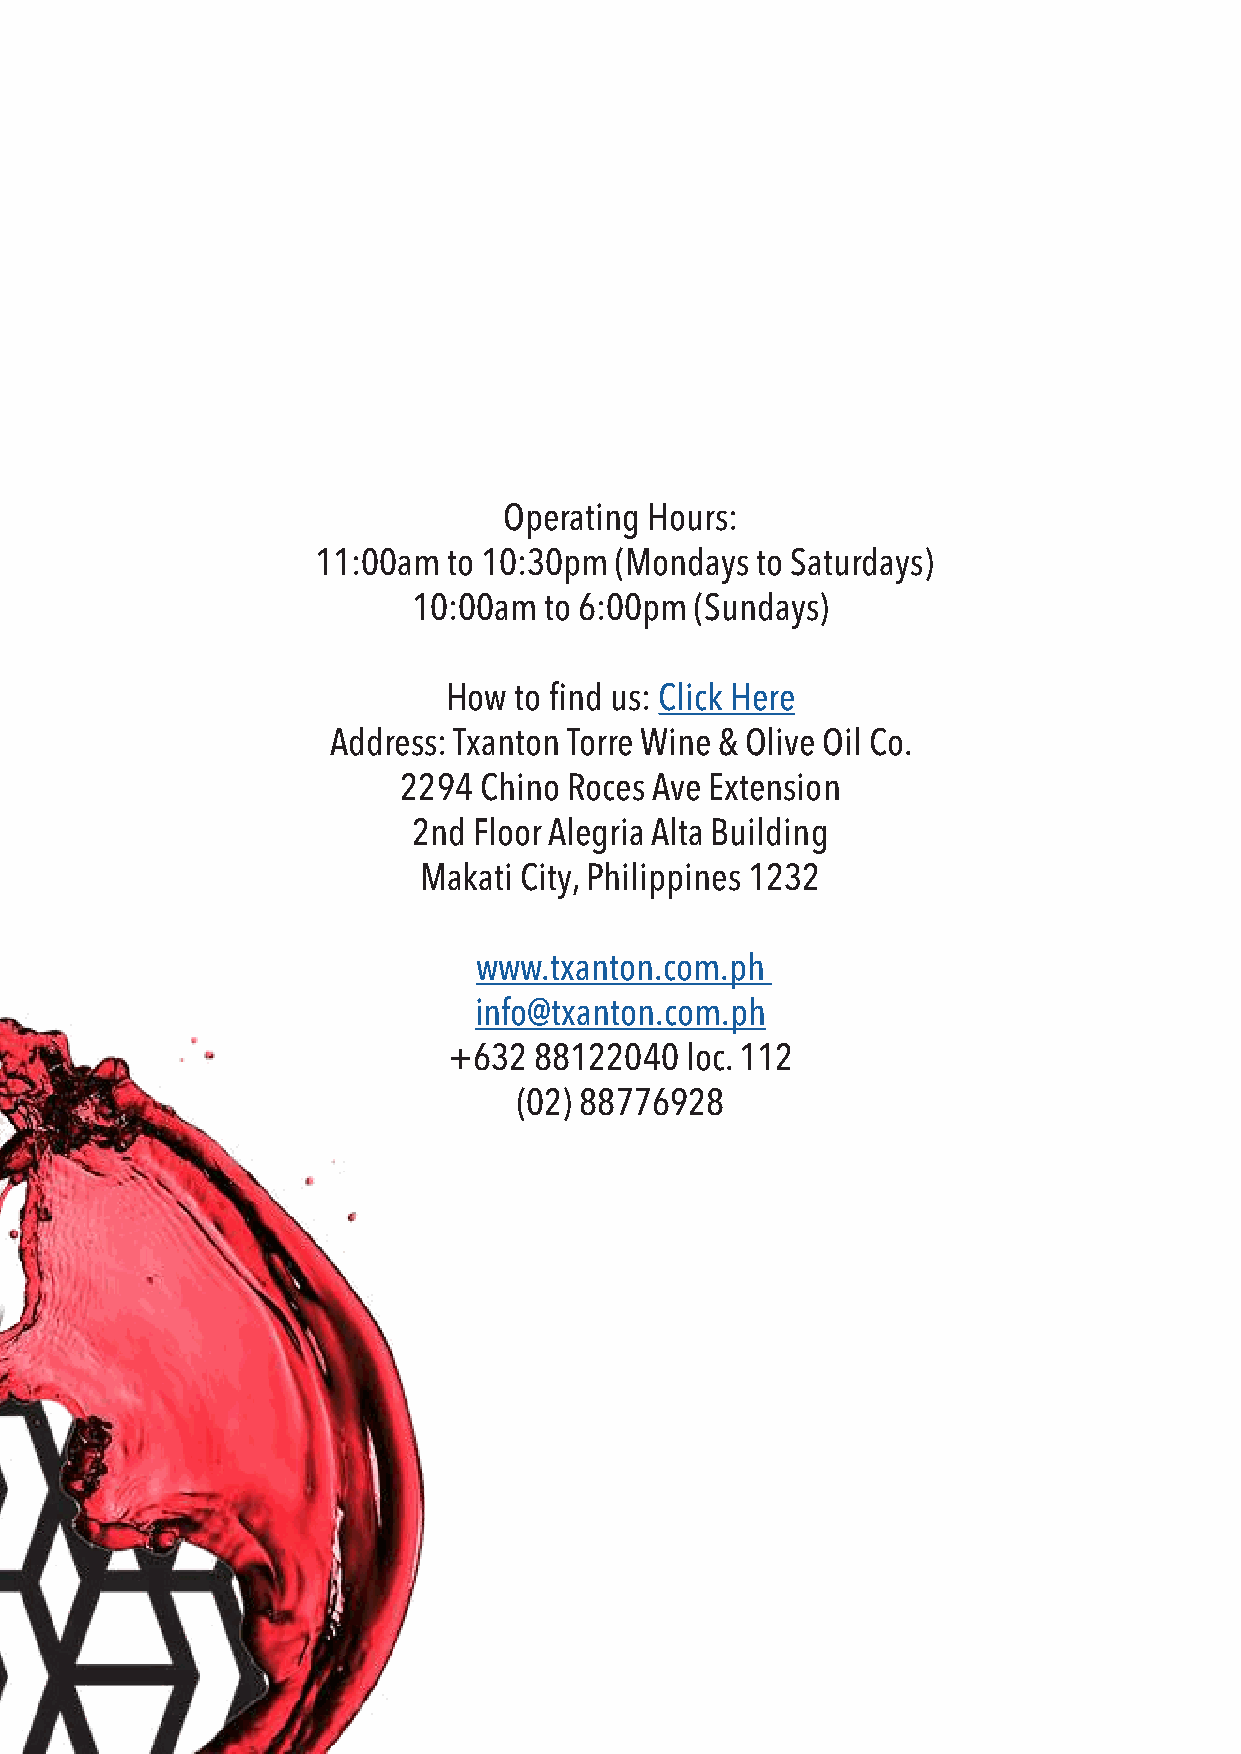
Operating Hours:
 11:00am  to 10:30pm (Mondays to Saturdays)
 10:00am  to 6:00pm (Sundays)
 How  to find us: Click Here
 Address: Txanton Torre Wine & Olive Oil Co.
 2294  Chino Roces Ave Extension
 2nd Floor Alegria Alta Building
 Makati City, Philippines 1232
 www.txanton.com.ph
 info@txanton.com.ph
 +632 88122040  loc. 112
 (02) 88776928